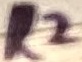
Text: R2